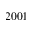
2 0 0 1